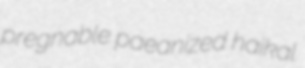
pregnable paeanized haikal